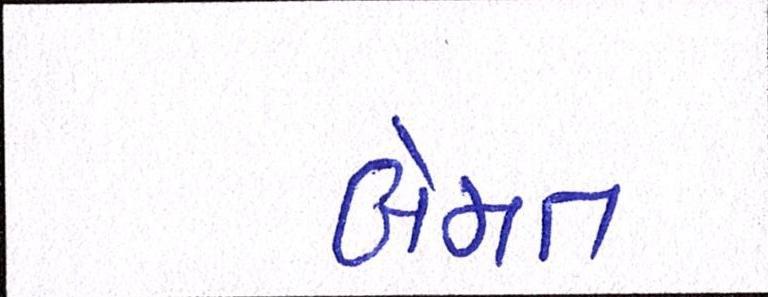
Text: બેમત